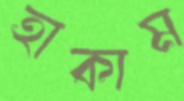
হাকাম